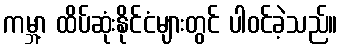
ကမ္ဘာ့ ထိပ်ဆုံးနိုင်ငံများတွင် ပါဝင်ခဲ့သည်။